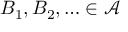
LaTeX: B _ { 1 } , B _ { 2 } , \ldots \in { \mathcal { A } }